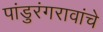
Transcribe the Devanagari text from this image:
पांडुरंगरावांचे